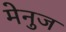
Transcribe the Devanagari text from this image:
मेनुज